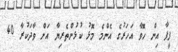
ފީފާ އިން ހޮވާ އަހަރުގެ އެންމެ މޮޅު ކުޅުންތެރިޔާ އަށް ވާދަކުރާ 40